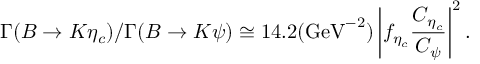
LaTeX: \Gamma ( B \rightarrow K \eta _ { c } ) / \Gamma ( B \rightarrow K \psi ) \cong 1 4 . 2 ( \mathrm { G e V } ^ { - 2 } ) \left| f _ { \eta _ { c } } \frac { C _ { \eta _ { c } } } { C _ { \psi } } \right| ^ { 2 } .